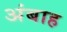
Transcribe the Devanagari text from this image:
अंबाह